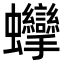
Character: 𧖘